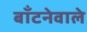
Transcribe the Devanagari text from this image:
बाँटनेवाले